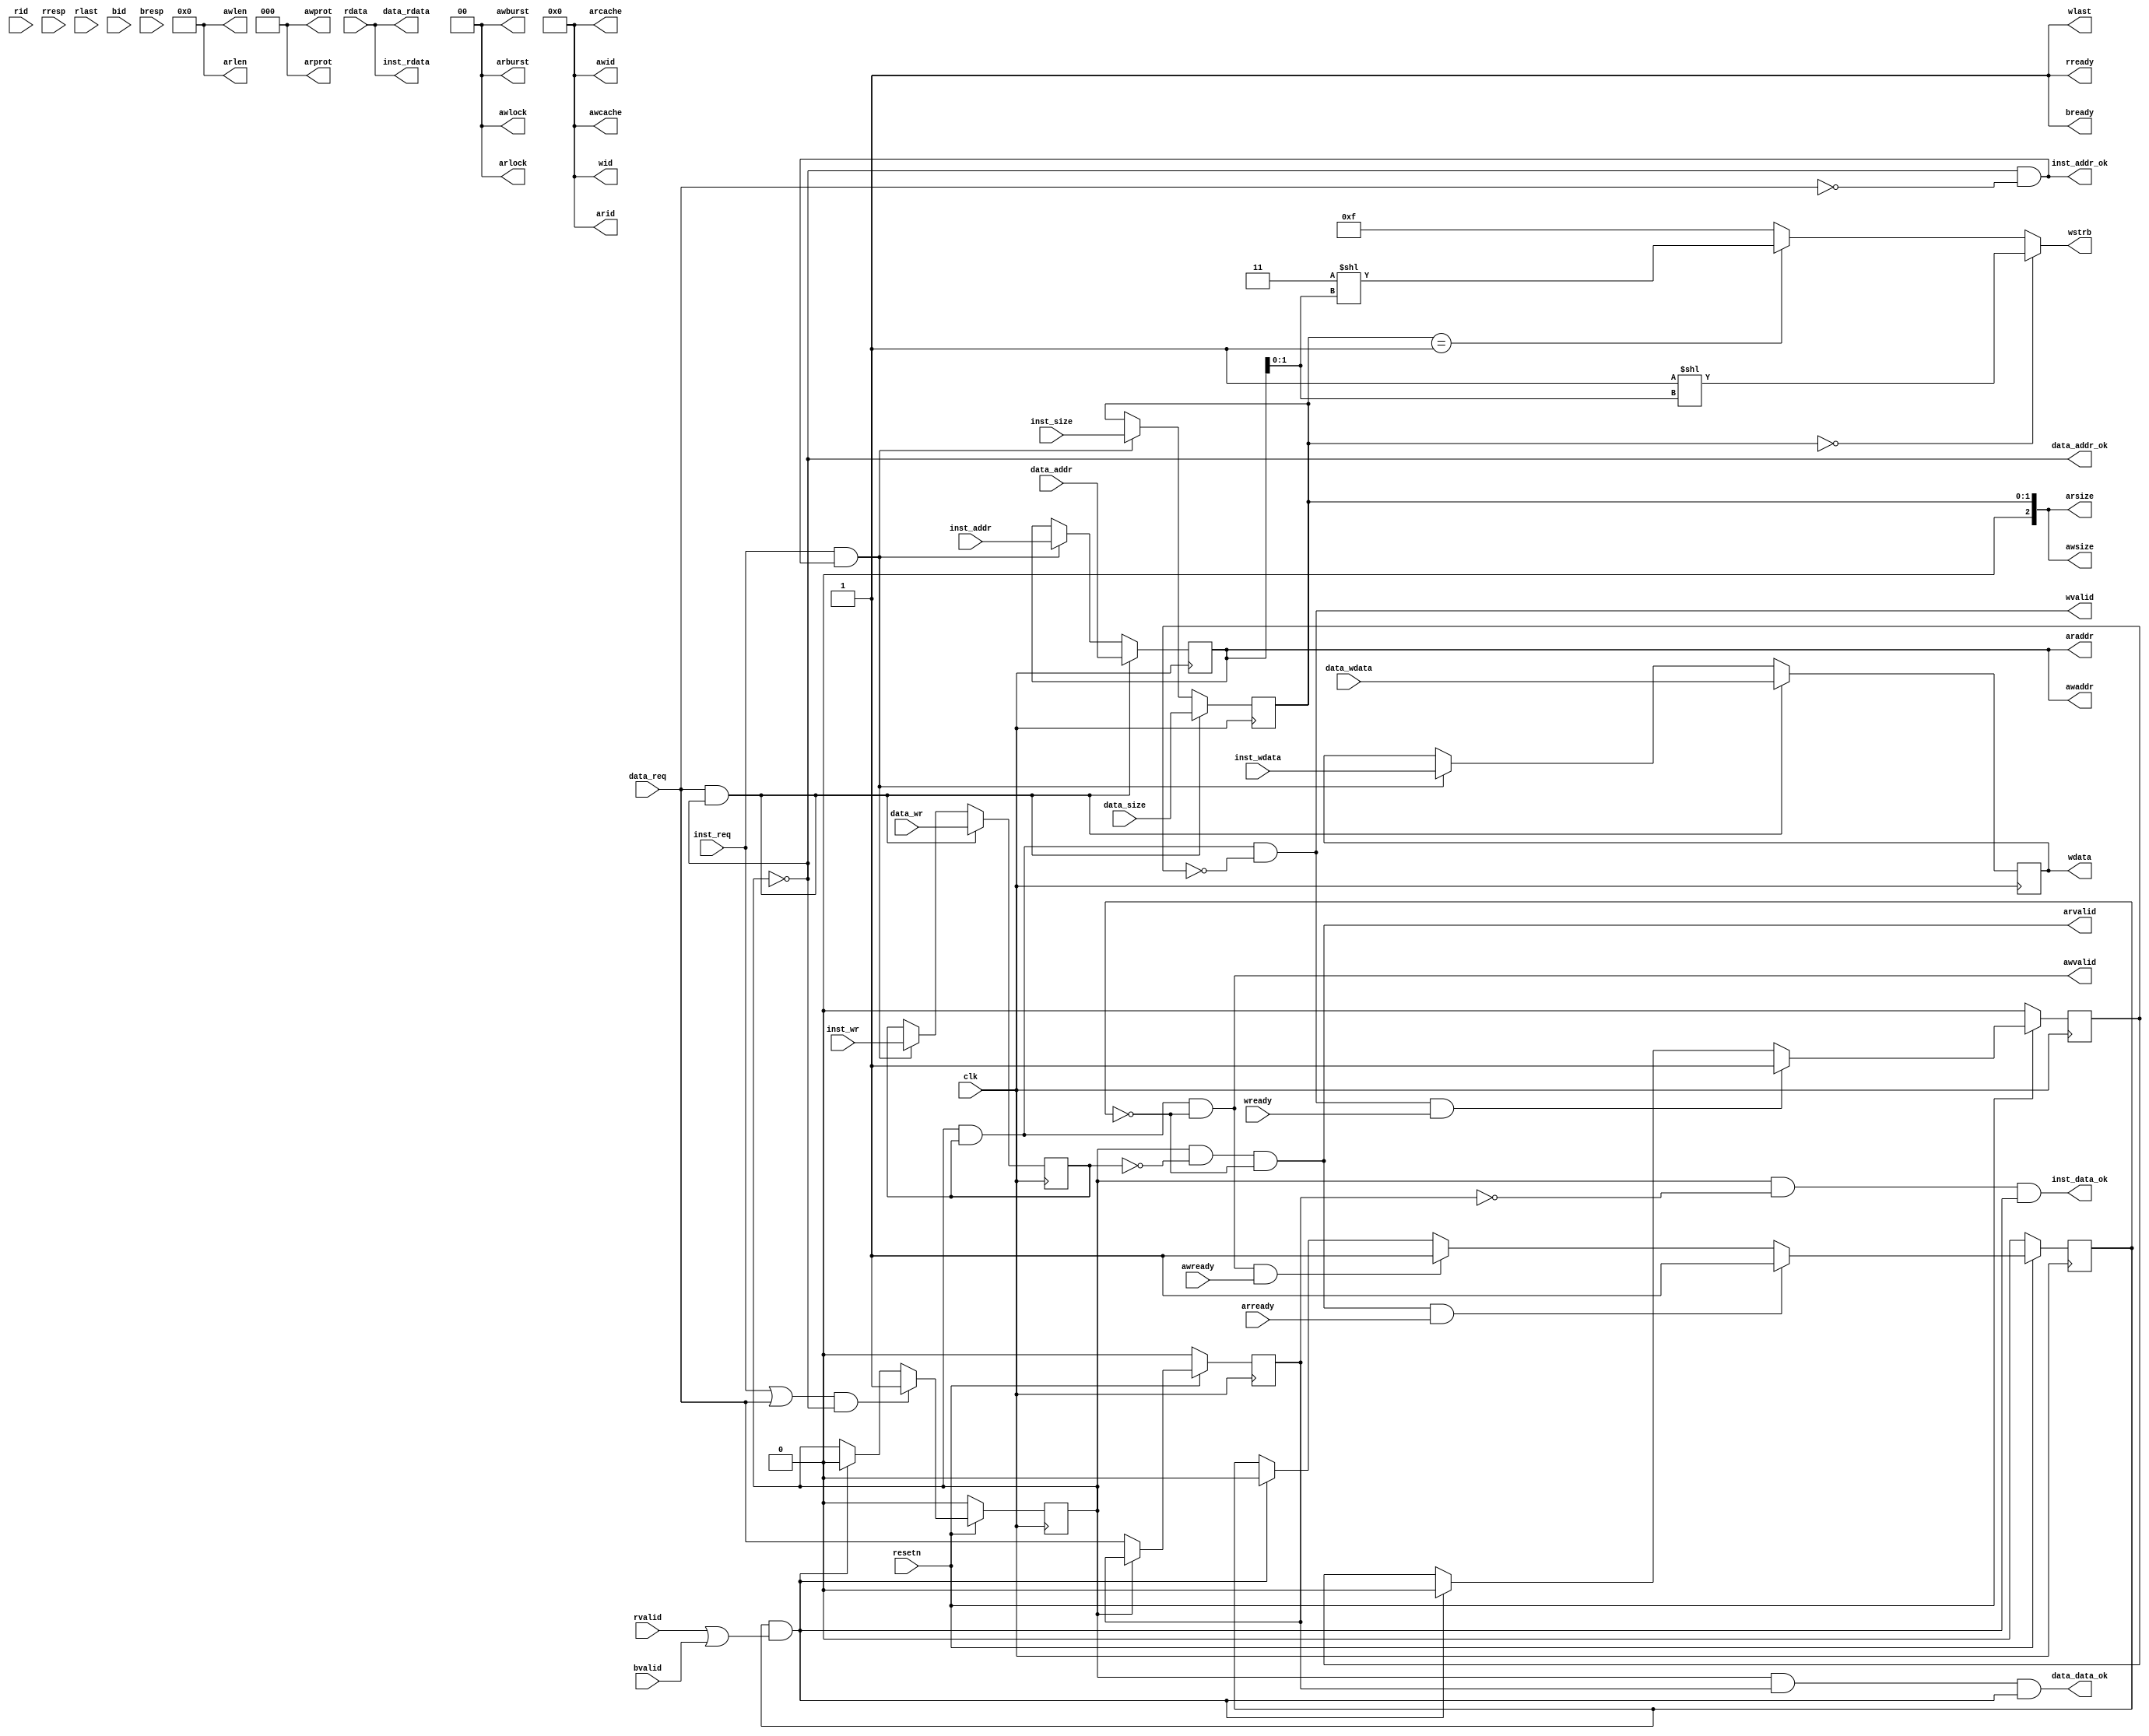


module cpu_axi_interface
(
    input         clk,
    input         resetn, 

    //inst sram-like 
    input         inst_req     ,
    input         inst_wr      ,
    input  [1 :0] inst_size    ,
    input  [31:0] inst_addr    ,
    input  [31:0] inst_wdata   ,
    output [31:0] inst_rdata   ,
    output        inst_addr_ok ,
    output        inst_data_ok ,
    
    //data sram-like 
    input         data_req     ,
    input         data_wr      ,
    input  [1 :0] data_size    ,
    input  [31:0] data_addr    ,
    input  [31:0] data_wdata   ,
    output [31:0] data_rdata   ,
    output        data_addr_ok ,
    output        data_data_ok ,

    //axi
    //ar
    output [3 :0] arid         ,
    output [31:0] araddr       ,
    output [7 :0] arlen        ,
    output [2 :0] arsize       ,
    output [1 :0] arburst      ,
    output [1 :0] arlock       ,
    output [3 :0] arcache      ,
    output [2 :0] arprot       ,
    output        arvalid      ,
    input         arready      ,
    //r           
    input  [3 :0] rid          ,
    input  [31:0] rdata        ,
    input  [1 :0] rresp        ,
    input         rlast        ,
    input         rvalid       ,
    output        rready       ,
    //aw          
    output [3 :0] awid         ,
    output [31:0] awaddr       ,
    output [7 :0] awlen        ,
    output [2 :0] awsize       ,
    output [1 :0] awburst      ,
    output [1 :0] awlock       ,
    output [3 :0] awcache      ,
    output [2 :0] awprot       ,
    output        awvalid      ,
    input         awready      ,
    //w          
    output [3 :0] wid          ,
    output [31:0] wdata        ,
    output [3 :0] wstrb        ,
    output        wlast        ,
    output        wvalid       ,
    input         wready       ,
    //b           
    input  [3 :0] bid          ,
    input  [1 :0] bresp        ,
    input         bvalid       ,
    output        bready       
);
//addr
reg do_req;
reg do_req_or; //req is inst or data;1:data,0:inst
reg        do_wr_r;
reg [1 :0] do_size_r;
reg [31:0] do_addr_r;
reg [31:0] do_wdata_r;
wire data_back;

assign inst_addr_ok = !do_req&&!data_req;
assign data_addr_ok = !do_req;
always @(posedge clk)
begin
    do_req     <= !resetn                       ? 1'b0 : 
                  (inst_req||data_req)&&!do_req ? 1'b1 :
                  data_back                     ? 1'b0 : do_req;
    do_req_or  <= !resetn ? 1'b0 : 
                  !do_req ? data_req : do_req_or;

    do_wr_r    <= data_req&&data_addr_ok ? data_wr :
                  inst_req&&inst_addr_ok ? inst_wr : do_wr_r;
    do_size_r  <= data_req&&data_addr_ok ? data_size :
                  inst_req&&inst_addr_ok ? inst_size : do_size_r;
    do_addr_r  <= data_req&&data_addr_ok ? data_addr :
                  inst_req&&inst_addr_ok ? inst_addr : do_addr_r;
    do_wdata_r <= data_req&&data_addr_ok ? data_wdata :
                  inst_req&&inst_addr_ok ? inst_wdata :do_wdata_r;
end

//inst sram-like
assign inst_data_ok = do_req&&!do_req_or&&data_back;
assign data_data_ok = do_req&& do_req_or&&data_back;
assign inst_rdata   = rdata;
assign data_rdata   = rdata;

//---axi
reg addr_rcv;
reg wdata_rcv;

assign data_back = addr_rcv && (rvalid&&rready||bvalid&&bready);
always @(posedge clk)
begin
    addr_rcv  <= !resetn          ? 1'b0 :
                 arvalid&&arready ? 1'b1 :
                 awvalid&&awready ? 1'b1 :
                 data_back        ? 1'b0 : addr_rcv;
    wdata_rcv <= !resetn        ? 1'b0 :
                 wvalid&&wready ? 1'b1 :
                 data_back      ? 1'b0 : wdata_rcv;
end
//ar
assign arid    = 4'd0;
assign araddr  = do_addr_r;
assign arlen   = 8'd0;
assign arsize  = do_size_r;
assign arburst = 2'd0;
assign arlock  = 2'd0;
assign arcache = 4'd0;
assign arprot  = 3'd0;
assign arvalid = do_req&&!do_wr_r&&!addr_rcv;
//r
assign rready  = 1'b1;

//aw
assign awid    = 4'd0;
assign awaddr  = do_addr_r;
assign awlen   = 8'd0;
assign awsize  = do_size_r;
assign awburst = 2'd0;
assign awlock  = 2'd0;
assign awcache = 4'd0;
assign awprot  = 3'd0;
assign awvalid = do_req&&do_wr_r&&!addr_rcv;
//w
assign wid    = 4'd0;
assign wdata  = do_wdata_r;
assign wstrb  = do_size_r==2'd0 ? 4'b0001<<do_addr_r[1:0] :
                do_size_r==2'd1 ? 4'b0011<<do_addr_r[1:0] : 4'b1111;
assign wlast  = 1'd1;
assign wvalid = do_req&&do_wr_r&&!wdata_rcv;
//b
assign bready  = 1'b1;

endmodule